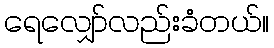
ရေလျှော်လည်းခံတယ်။